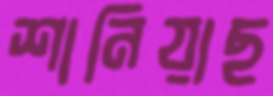
শানিয়াছ